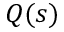
Q ( s )